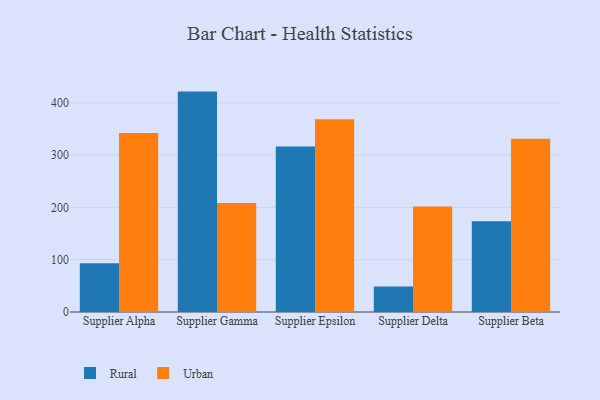
{"axis": {"x": "Supplier", "y": "Conversion Rate (%)"}, "legend": ["Rural", "Urban"], "data": [{"x": "Supplier Alpha", "y": 93.0, "type": "Rural"}, {"x": "Supplier Alpha", "y": 341.9, "type": "Urban"}, {"x": "Supplier Gamma", "y": 421.2, "type": "Rural"}, {"x": "Supplier Gamma", "y": 208.4, "type": "Urban"}, {"x": "Supplier Epsilon", "y": 316.4, "type": "Rural"}, {"x": "Supplier Epsilon", "y": 368.2, "type": "Urban"}, {"x": "Supplier Delta", "y": 48.6, "type": "Rural"}, {"x": "Supplier Delta", "y": 201.5, "type": "Urban"}, {"x": "Supplier Beta", "y": 173.6, "type": "Rural"}, {"x": "Supplier Beta", "y": 331.3, "type": "Urban"}]}